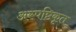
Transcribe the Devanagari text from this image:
अस्पष्टिकृत